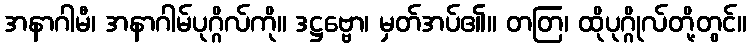
အနာဂါမီ၊ အနာဂါမ်ပုဂ္ဂိလ်ကို။ ဒဋ္ဌဗ္ဗော၊ မှတ်အပ်၏။ တတြ၊ ထိုပုဂ္ဂိုလ်တို့တွင်။